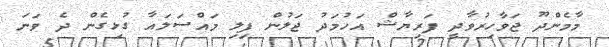
މާމެންދޫ ޖަވާހިރުވާދީ ފަރިޔާޝް އަހުމަދު ޖަލުން ފިލި މައްސަލައާ ގުޅިގެން ދެ ވަނަ